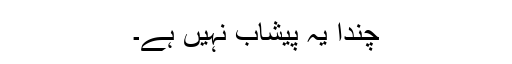
چندا یہ پیشاب نہیں ہے۔